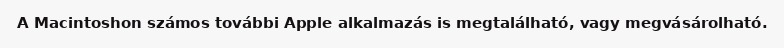
A Macintoshon számos további Apple alkalmazás is megtalálható, vagy megvásárolható.